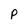
Character: P